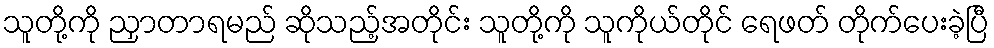
သူတို့ကို ညှာတာရမည် ဆိုသည့်အတိုင်း သူတို့ကို သူကိုယ်တိုင် ရေဖတ် တိုက်ပေးခဲ့ပြီ